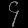
Digit: ၄